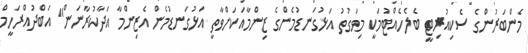
މެންބަރުންގެ ސެކިއުރިޓީ ބެލެހެއްޓުމަކީ މިވަގުތު އަޅުގަނޑުމެންގެ ޒިންމާއަކަށްވާތީ އަޅުގަނޑުމެން އެޒިންމާ އަދާކުރާނަން" އަބްދުއްރަހީމް